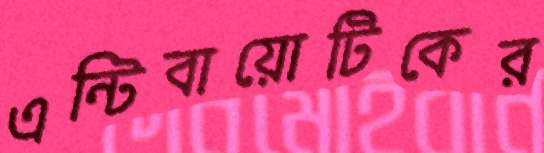
এন্টিবায়োটিকের